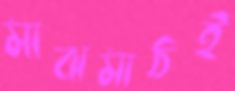
মাঝমাঠই